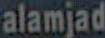
alamjad